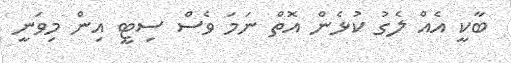
ބާކީ އެއް ލެގު ކުޅެން އޮތް ނަމަ ވެސް ސިޓީ އިން މިވަނީ